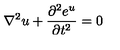
\nabla ^ { 2 } u + { \frac { \partial ^ { 2 } e ^ { u } } { \partial t ^ { 2 } } } = 0